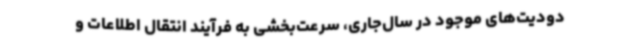
دودیت‌های موجود در سال‌جاری، سرعت‌بخشی به فرآیند انتقال اطلاعات و